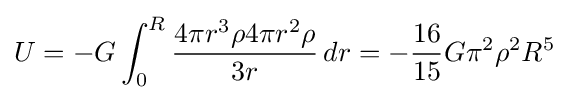
U=-G\int _{0}^{R}{\frac {4\pi r^{3}\rho 4\pi r^{2}\rho }{3r}}\,dr=-{\frac {16}{15}}G\pi ^{2}\rho ^{2}R^{5}